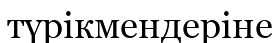
түрікмендеріне